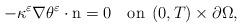
LaTeX: \begin{align*}-\kappa^{\varepsilon}\nabla\theta^{\varepsilon}\cdot\mbox{n}=0\quad\mbox{on}\;\left(0,T\right)\times\partial\Omega,\end{align*}